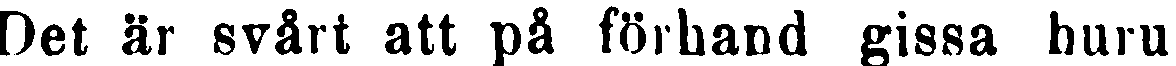
vet är svårt att på förband gissa huru